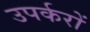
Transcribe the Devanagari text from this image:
उपर्करों